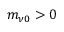
m _ { \nu 0 } > 0